Language: tamil
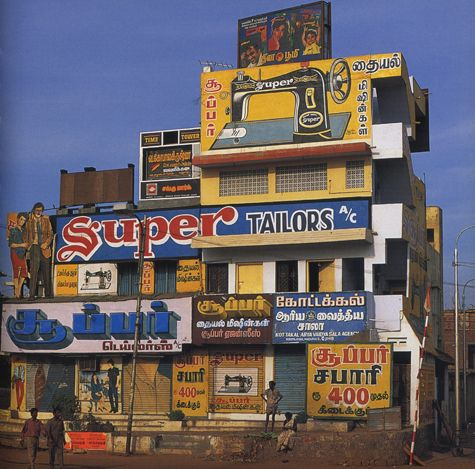
Transcription: தையல் தையல் சூப்பர் மிஷின்கள் ஆரிய சாலா டெய்லா்ஸ் சபாரி சூ ப் ப ள் க மி சூப்பா் சபாரி கோட்டக்கல் வைத்திய கிடைக்கு சூப்பர்